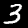
Label: 3